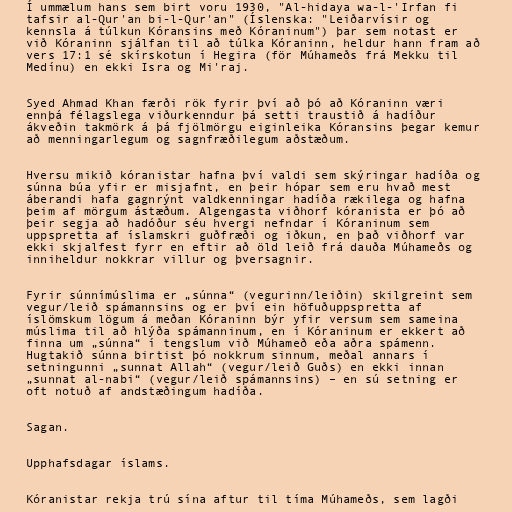
Í ummælum hans sem birt voru 1930, "Al-hidaya wa-l-'Irfan fi
tafsir al-Qur'an bi-l-Qur'an" (Íslenska: "Leiðarvísir og
kennsla á túlkun Kóransins með Kóraninum") þar sem notast er
við Kóraninn sjálfan til að túlka Kóraninn, heldur hann fram að
vers 17:1 sé skírskotun í Hegira (för Múhameðs frá Mekku til
Medínu) en ekki Isra og Mi'raj.

Syed Ahmad Khan færði rök fyrir því að þó að Kóraninn væri
ennþá félagslega viðurkenndur þá setti traustið á hadíður
ákveðin takmörk á þá fjölmörgu eiginleika Kóransins þegar kemur
að menningarlegum og sagnfræðilegum aðstæðum.

Hversu mikið kóranistar hafna því valdi sem skýringar hadíða og
súnna búa yfir er misjafnt, en þeir hópar sem eru hvað mest
áberandi hafa gagnrýnt valdkenningar hadíða rækilega og hafna
þeim af mörgum ástæðum. Algengasta viðhorf kóranista er þó að
þeir segja að hadóður séu hvergi nefndar í Kóraninum sem
uppspretta af íslamskri guðfræði og iðkun, en það viðhorf var
ekki skjalfest fyrr en eftir að öld leið frá dauða Múhameðs og
inniheldur nokkrar villur og þversagnir.

Fyrir súnnímúslima er „súnna“ (vegurinn/leiðin) skilgreint sem
vegur/leið spámannsins og er því ein höfuðuppspretta af
íslömskum lögum á meðan Kóraninn býr yfir versum sem sameina
múslima til að hlýða spámanninum, en í Kóraninum er ekkert að
finna um „súnna“ í tengslum við Múhameð eða aðra spámenn.
Hugtakið súnna birtist þó nokkrum sinnum, meðal annars í
setningunni „sunnat Allah“ (vegur/leið Guðs) en ekki innan
„sunnat al-nabi“ (vegur/leið spámannsins) – en sú setning er
oft notuð af andstæðingum hadíða.

Sagan.

Upphafsdagar íslams.

Kóranistar rekja trú sína aftur til tíma Múhameðs, sem lagði